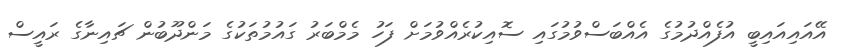
އޭއައިއައިބީ އުފެއްދުމުގެ އެއްބަސްވުމުގައި ސޮއިކުރެއްވުމަށް ފަހު މެމްބަރު ގައުމުތަކުގެ މަންދޫބުން ޗައިނާގެ ރައީސް